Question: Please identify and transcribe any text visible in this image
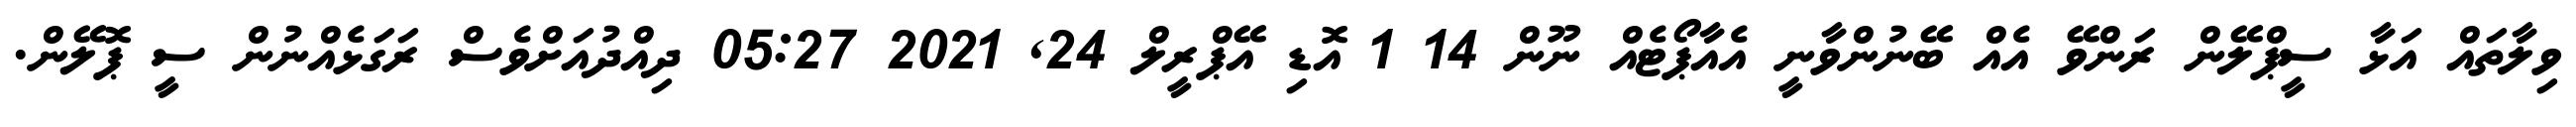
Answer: ވިލާތައް އަޅާ ސީޕްލޭން ރަންވޭ އެއް ބޭނުންވާނީ އެއާޕޯޓެއް ނޫން 14 1 އޮޑި އޭޕްރީލް 24, 2021 05:27 ދިއްދުއަށްވެސް ރަގަޅެއްނުން ސީ ޕޮލޭން.